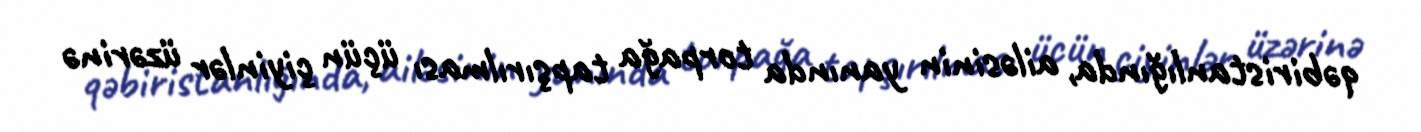
qəbiristanlığında, ailəsinin yanında torpağa tapşırılması üçün çiyinlər üzərinə